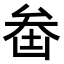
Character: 𠫻